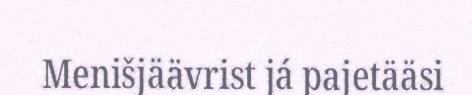
Menišjäävrist já pajetääsi